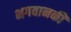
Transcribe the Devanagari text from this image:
भगवानकी